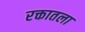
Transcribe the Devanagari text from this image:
रक्तातला